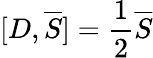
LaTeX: [D,{\overline{{S}}}]={\frac{1}{2}}{\overline{{S}}}